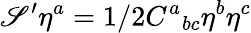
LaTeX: \mathscr{S}^{\prime}\eta^{a}=1/2C^{a}{}_{bc}\eta^{b}\eta^{c}